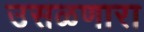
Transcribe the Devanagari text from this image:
उसळणारा